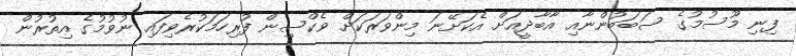
ފިނި މޫސުމުގެ ސަބަބުންނާއި އާބާދީއަށް އެކަށޭނަ މިންވަރަކަށް ވެކްސިން ފުރިހަމަކުރެވިފައި ނުވުމުގެ އިތުރުން